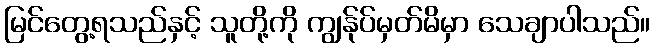
မြင်တွေ့ရသည်နှင့် သူတို့ကို ကျွန်ုပ်မှတ်မိမှာ သေချာပါသည်။